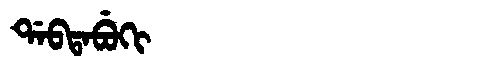
Manchu: ᡩᠠᠪᡨᠠᠪᡠᡴᡳ
Romanization: DABTABUKI